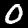
Label: 0